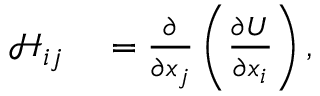
\begin{array} { r l } { \mathcal { H } _ { i j } } & { { } = \frac { \partial } { \partial x _ { j } } \left( \frac { \partial U } { \partial x _ { i } } \right) , } \end{array}